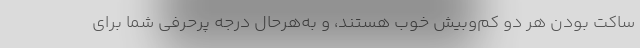
ساکت بودن هر دو کم‌وبیش خوب هستند، و به‌هرحال درجهٔ پرحرفی شما برای